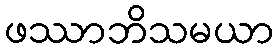
ဖဿာဘိသမယာ